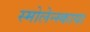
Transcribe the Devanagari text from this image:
स्मोलेन्स्काया